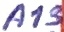
Text: A13